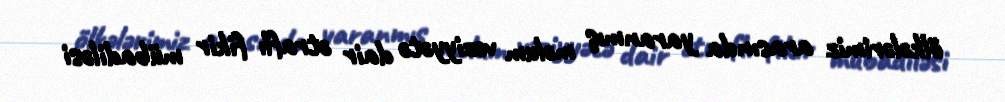
ölkələrimiz arasında yaranmış məlum vəziyyətə dair ətraflı fikir mübadiləsi